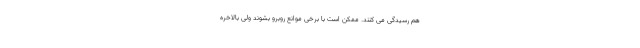
هم رسیدگی می کنند. ممکن است با برخی موانع روبرو بشوند ولی بالاخره